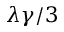
\lambda \gamma / 3